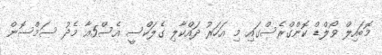
މޮބައިލް ވޯލްޑް ކޮންގްރެސްގައި މި އަހަރު ދައްކާލި ގެލަކްސީ އެސް5އާ މެދު ސަމްސޮން